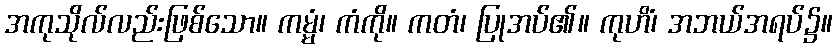
အကုသိုလ်လည်းဖြစ်သော။ ကမ္မံ၊ ကံကို။ ကတံ၊ ပြုအပ်၏။ ကုဟိံ၊ အဘယ်အရပ်၌။